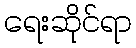
ရေးဆိုင်ရာ